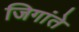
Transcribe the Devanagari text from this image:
जिगांते